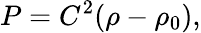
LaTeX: P=C^{2}(\rho-\rho_{0}),